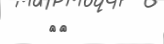
٨٧